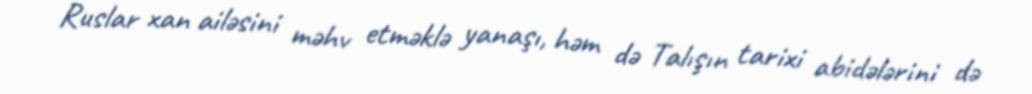
Ruslar xan ailəsini məhv etməklə yanaşı, həm də Talışın tarixi abidələrini də